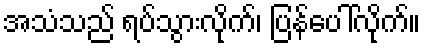
အသံသည် ရပ်သွားလိုက်၊ ပြန်ပေါ်လိုက်။